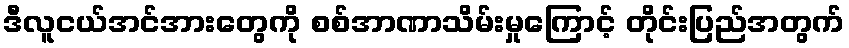
ဒီလူငယ်အင်အားတွေကို စစ်အာဏာသိမ်းမှုကြောင့် တိုင်းပြည်အတွက်